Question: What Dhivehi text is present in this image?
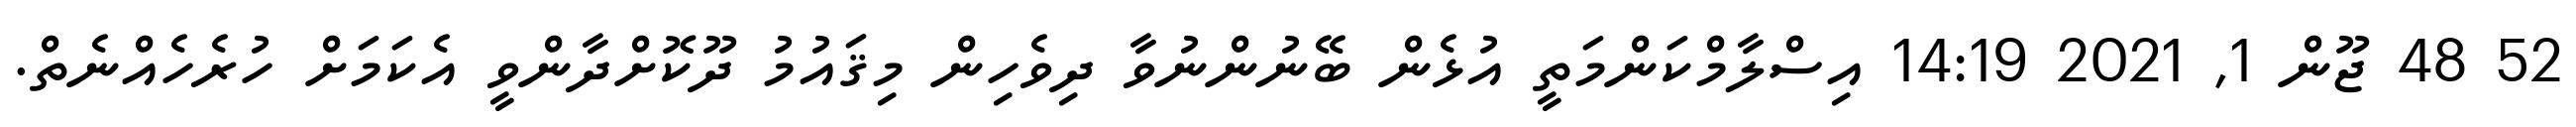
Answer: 52 48 ޖޫން 1, 2021 14:19 އިސްލާމްކަންމަތީ އުޅެން ބޭނުންނުވާ ދިވެހިން މިޤައުމު ދޫކޮށްދާންވީ އެކަމަށް ހުރެހެއްނެތް.